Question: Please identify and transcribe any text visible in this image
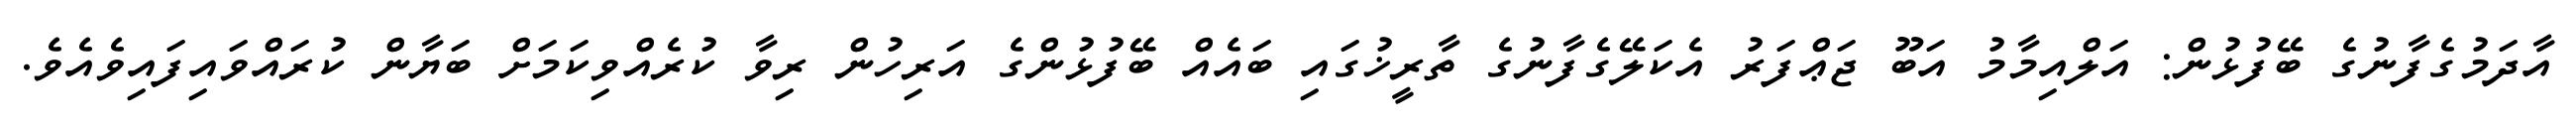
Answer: އާދަމުގެފާނުގެ ބޭފުޅުން: އަލްއިމާމު އަބޫ ޖަޢްފަރު އެކަލޭގެފާނުގެ ތާރީޚުގައި ބައެއް ބޭފުޅުންގެ އަރިހުން ރިވާ ކުރެއްވިކަމަށް ބަޔާން ކުރައްވައިފައިވެއެވެ.